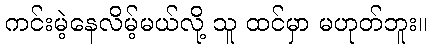
ကင်းမဲ့နေလိမ့်မယ်လို့ သူ ထင်မှာ မဟုတ်ဘူး။